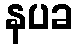
နပခ